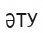
ӘТУ